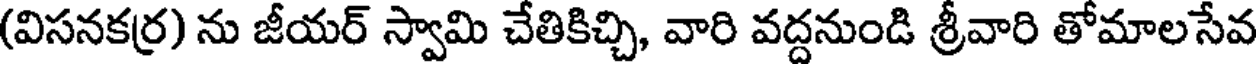
(విసనకర్ర) ను జీయర్ స్వామి చేతికిచ్చి, వారి వద్దనుండి శ్రీవారి తోమాలసేవ